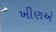
ખીણએ